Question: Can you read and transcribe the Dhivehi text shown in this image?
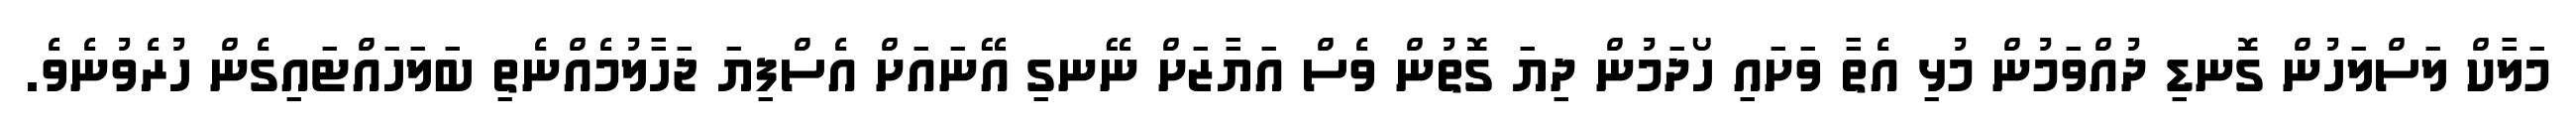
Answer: މަލާކް ލަސްލަހުން ގޮނޑި ދުއްވަމުން މުޅި އެތާ ވަށައި ހޯދަމުން ދިޔަ ގޮތުން ވެސް އަޔާޒަށް ނޭނގި އޭނައަށް އެސްފިޔަ ޖަހާލުމެއްނެތި ބަލަހައްޓައިގެން ހުރެވުނެވެ.